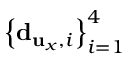
\left\{ { \bf d } _ { { \bf u } _ { x } , i } \right\} _ { i = 1 } ^ { 4 }